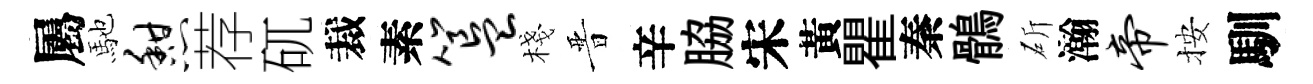
屬馳憩荐矹裁素簋棧晋辛脇宋黃瞿秦鶻斫瀚帝按馴